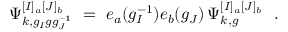
\Psi _ { k , g _ { I } g g _ { J } ^ { - 1 } } ^ { [ I ] _ { a } [ J ] _ { b } } \ = \ e _ { a } ( g _ { I } ^ { - 1 } ) e _ { b } ( g _ { J } ) \, \Psi _ { k , g } ^ { [ I ] _ { a } [ J ] _ { b } } \ \ .